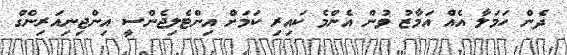
ދެން ހަމަލާ އެއް އަމާޒު ވުން އެންމެ ކައިރި ކަމަށް އިންޓެލިޖެންސީ އިންޖިނިއަރިންގް